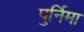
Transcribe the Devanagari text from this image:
पुर्निमा